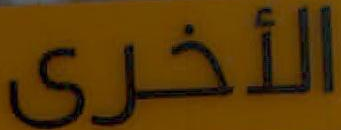
الأخرى